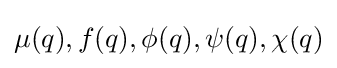
\mu (q),f(q),\phi (q),\psi (q),\chi (q)